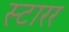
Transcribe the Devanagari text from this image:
स्टारर